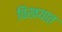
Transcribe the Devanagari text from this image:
विखयात